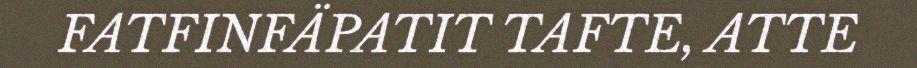
FATFINFÄPATIT TAFTE, ATTE